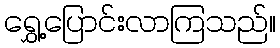
ရွှေ့ပြောင်းလာကြသည်။